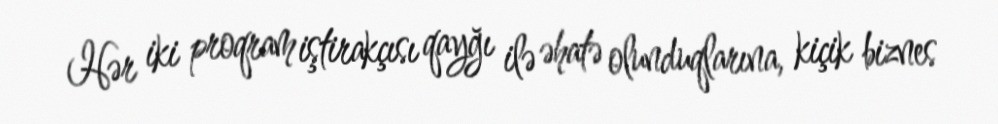
Hər iki proqram iştirakçısı qayğı ilə əhatə olunduqlarına, kiçik biznes